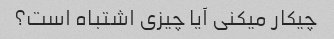
چیکار میکنی آیا چیزی اشتباه است؟